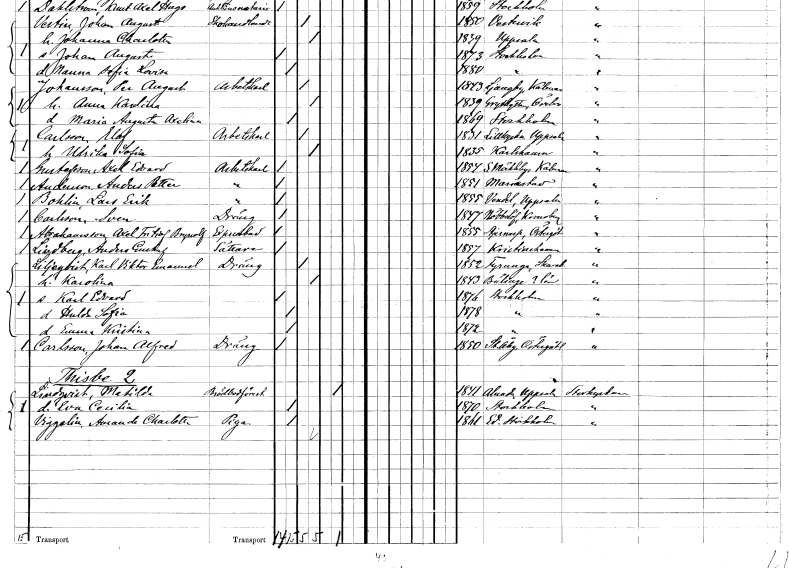
gt_parse: households: individuals: FN: Axel Edvard
EN: Gustafsson
YRKE: Arbetskarl
KON: M
CIV: O
FODAR: 1854
FODFORS: Södra Möckleby Kalmar län
FN: Anders Petter
EN: Andersson
YRKE: Arbetskarl
KON: M
CIV: O
FODAR: 1851
FODFORS: Mariestad Skaraborgs län
FN: Lars Erik
EN: Bohlin
YRKE: Arbetskarl
KON: M
CIV: O
FODAR: 1855
FODFORS: Vendel Uppsala län
FN: Sven
EN: Carlsson
YRKE: Dräng
KON: M
CIV: O
FODAR: 1847
FODFORS: Nöbbelöv Kristianstads län
FN: Axel Fritiof Brynolf
EN: Abrahamsson
YRKE: Expressbud
KON: M
CIV: O
FODAR: 1855
FODFORS: Stjärnorp Östergötlands län
FN: Anders Gustaf
EN: Lindberg
YRKE: Sättare
KON: M
CIV: O
FODAR: 1857
FODFORS: Kristinehamn Värmlands län
FN: Karl Viktor Emanuel
EN: Liljeqvist
YRKE: Dräng
KON: M
CIV: G
FODAR: 1852
FODFORS: Fyrunga Skaraborgs län
FN: Karolina
KON: K
CIV: G
FODAR: 1843
FODFORS: Bälinge Uppsala län
FN: Karl Edvard
KON: M
CIV: O
FODAR: 1876
FODFORS: Stockholm
FN: Hulda Sofia
KON: K
CIV: O
FODAR: 1878
FODFORS: Stockholm
FN: Emma Kristina
KON: K
CIV: O
FODAR: 1872
FODFORS: Stockholm
FN: Johan Alfred
EN: Carlsson
YRKE: Dräng
KON: M
CIV: O
FODAR: 1850
FODFORS: Stora Åby Östergötlands län
FN: Matilda
EN: Lindqvist
YRKE: Brödförsäljerska
KON: K
CIV: E
FODAR: 1841
FODFORS: Alunda Uppsala län
FN: Eva Cecilia
KON: K
CIV: O
FODAR: 1870
FODFORS: Stockholm
FN: Amanda Charlotta
EN: Viggelin
YRKE: Piga
KON: K
CIV: O
FODAR: 1861
FODFORS: Ed Stockholms län